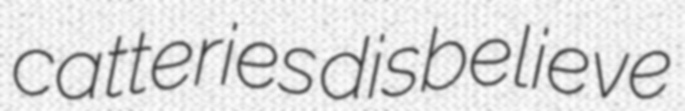
catteries disbelieve